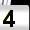
Digit: 4